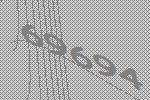
69694